Calcutta medical institutions reports 1892-1900
Year: 1892
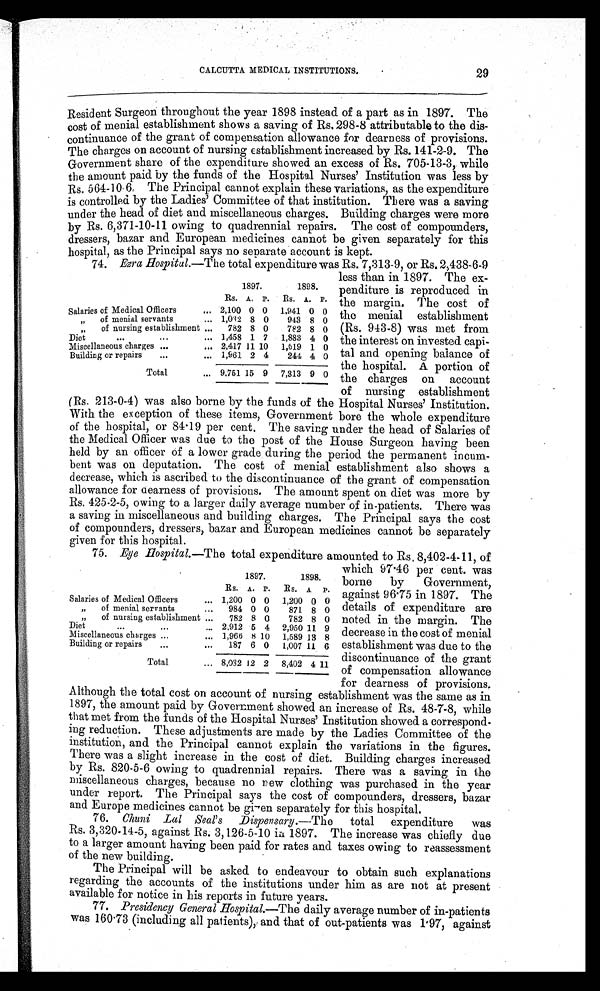
CALCUTTA MEDICAL INSTITUTIONS.
Resident Surgeon throughout the year 1898 instead of a part as in 1897. The
cost of menial establishment shows a saving of Rs. 298-8 attributable to the dis-
continuance of the grant of compensation allowance for dearness of provisions.
The charges on account of nursing establishment increased by Rs. 141-2-9. The
Government share of the expenditure showed an excess of Rs. 705-13-3, while
the amount paid by the funds of the Hospital Nurses' Institution was less by
Rs . 5 6 4 - 1 0 - 6 . T h e P r i n c i p a l c a n n o t e x p l a i n t h e s e v a r i a t i o n s , a s t h e e x p e n d i t u r e
is controlled by the Ladies' Committee of that institution. There was a saving
under the head of diet and miscellaneous charges. Building charges were more
by Rs. 6,371-10-11 owing to quadrennial repairs. The cost of compounders,
dressers, bazar and European medicines cannot be given separately for this
hospital, as the Principal says no separate account is kept.
74. Ezra Hospital. —The total expenditure was Rs. 7,313-9, or Rs. 2.,438-6-9
less than in 1897. The ex-
penditure is reproduced in
the margin. The cost of
the menial establishment
(Rs. 943-8) was met from
the interest on invested capi-
tal and opening balance of
the hospital. A portion of
the charges on account
of nursing establishment
(Rs. 213-0-4) was also borne by the funds of the Hospital Nurses' Institution.
With the exception of these items, Government bore the whole expenditure
of the hospital, or 84.19 per cent. The saving under the head of Salaries of
the Medical Officer was due to the post of the House Surgeon having been
held by an officer of a lower grade during the period the permanent incum-
bent was on deputation. The cost of menial establishment also shows a
decrease, which is ascribed to the discontinuance of the grant of compensation
allowance for clearness of provisions. The amount spent on diet was more by
Rs. 425-2-5, owing to a larger daily average number of in-patients. There was
a saving in miscellaneous and building charges. The Principal says the cost
of compounders, dressers, bazar and European medicines cannot be separately
given for this hospital.
75. Eye Hospital. —The total expenditure amounted to Rs. 8,402-4-11, of
29
1897.
1898.
Rs. A. P.
R s
. A. P.
Salaries of Medical Officers
... 2,100 0 0 1,941 0 0
" o f m e n i a l s e r v a n t s
... 1,032 8 0
943 8 0
" of nursing establishment ...
782 8 0
782 8 0
Diet
. . .
...
... 1,458 1 7
1,883 4 0
Miscellaneous charges ...
... 2,417 11 10 1,519 1 0
Building or repairs
...
... 1,961 2 4
244 4 0
Total
... 9,751 15 9 7,313 9 0
1897.
1898.
Rs. A. P.
R s . A P.
Salaries of Medical Officers
... 1,200 0 0 1,200 0 0
" of menial servants
...
984 0 0
871 8 0
" of nursing establishment ...
782 8 0
782 8 0
Diet
...
...
... 2,912 5 4 2,950 11 9
Miscellaneous charges ...
... 1,966 8 10 1,589 13 8
Building or repairs
...
...
187 6 0
1,007 11 6
Total
... 8,032 12 2 8,402 4 11
which 97.46 per cent. was
borne by Government,
against 96.75 in 1897. The
details of expenditure are
noted in the margin. The
decrease in the cost of menial
establishment was due to the
discontinuance of the grant
of compensation allowance
for dearness of provisions
. A l t h o u g h t h e t o t a l c o s t o n a c c o u n t o f n u r s i n g e s t a b l i s h m e n t w a s t h e s a m e a s i n
1897, the amount paid by Government showed an increase of Rs. 48-7-8, while
that met from the funds of the Hospital Nurses' Institution showed a correspond-
ing reduction. These adjustments are made by the Ladies Committee of the
institution, and the Principal cannot explain the variations in the figures.
There was a slight increase in the cost of diet. Building charges increased
by Rs. 820-5-6 owing to quadrennial repairs. There was a saving in the
miscellaneous charges, because no new clothing was purchased in the year
under report. The Principal says the cost of compounders, dressers, bazar
and Europe medicines cannot be given separately for this hospital.
76. Chuni Lal Seal's Dispensary. —The total expenditure was
Rs. 3,320-14-5, against Rs. 3,126-5-10 in 1897. The increase was chiefly due
to a larger amount having been paid for rates and taxes owing to reassessment
of the new building.
The Principal will be asked to endeavour to obtain such explanations
regarding the accounts of the institutions under him as are not at present
available for notice in his reports in future years.
77. Presidency General Hospital.—The daily average number of in-patients
was 160.73 (including all patients), and that of out-patients was 1.97, against